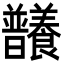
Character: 𣌞